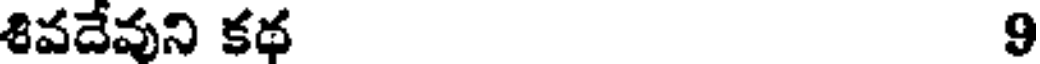
శివదేవుని కథ 9